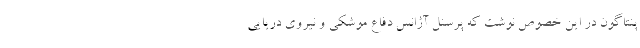
پنتاگون در این خصوص نوشت که پرسنل آژانس دفاع موشکی و نیروی دریایی